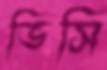
ভিসি